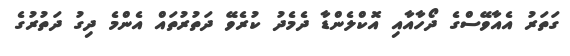
ގަތަރު އެއާވޭސްގެ ދޯހާއާއި އޮކްލެންޑާ ދެމެދު ކުރެވޭ ދަތުރުތައް އެންމެ ދިގު ދަތުރުގެ